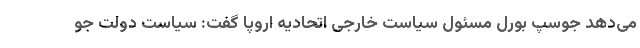
می‌دهد جوسپ بورل مسئول سیاست خارجی اتحادیه اروپا گفت: سیاست دولت جو